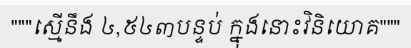
"""ស្មើនឹង ៤,៥៤៣បន្ទប់ ក្នុងនោះវិនិយោគ"""